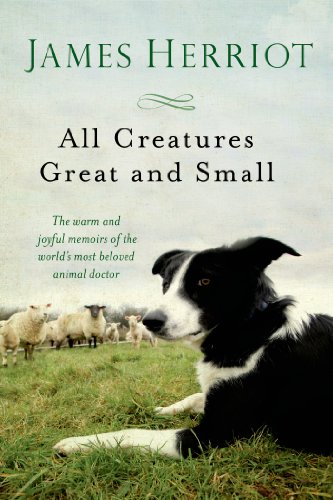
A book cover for All Creatures Great and Small; James Herriot; Science & Math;